Indian journal of veterinary science and animal husbandry - Volume 7,
Year: 1937
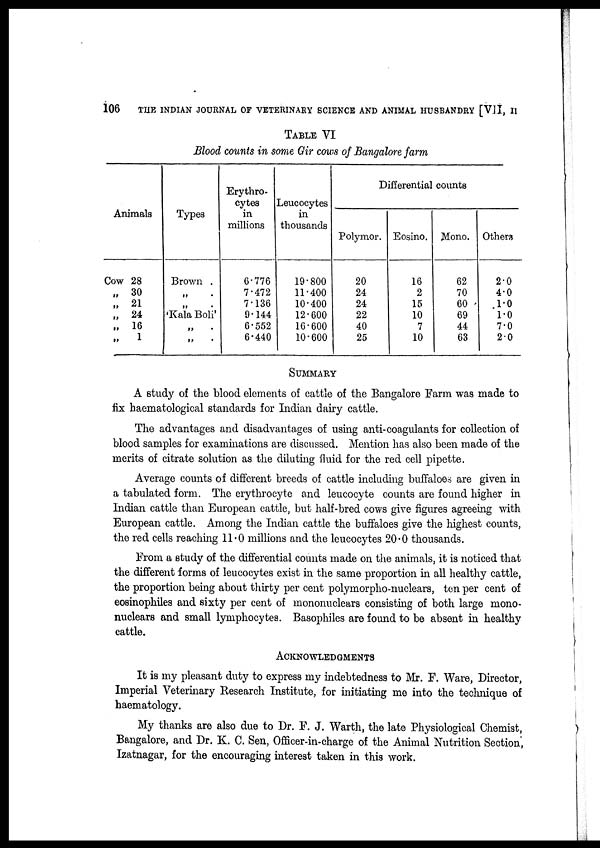
106
THE INDIAN JOURNAL OF VETERINARY SCIENCE AND ANIMAL HUSBANDRY [VII, II
TABLE VI
Blood counts in some Gir cows of Bangalore farm
Animals
Cow 28
„ 30
„ 21
„ 24
„ 16
„ 1
Types
Brown .
„ .
„ .
'Kala Boli'
„
.
„
.
Erythro-
cytes
in
millions
6.776
7.472
7.136
9.144
6.552
6.440
Leucocytes
in
thousands
19.800
11.400
10.400
12.600
16.600
10.600
Differential counts
Polymor.
20
24
24
22
40
25
Eosino.
16
2
15
10
7
10
Mono.
62
70
60
69
44
63
Others
2.0
4.0
1.0
1.0
7.0
2.0
SUMMARY
A study of the blood elements of cattle of the Bangalore Farm was made to
fix haematological standards for Indian dairy cattle.
The advantages and disadvantages of using anti-coagulants for collection of
blood samples for examinations are discussed. Mention has also been made of the
merits of citrate solution as the diluting fluid for the red cell pipette.
Average counts of different breeds of cattle including buffaloes are given in
a tabulated form. The erythrocyte and leucocyte counts are found higher in
Indian cattle than European cattle, but half-bred cows give figures agreeing with
European cattle. Among the Indian cattle the buffaloes give the highest counts,
the red cells reaching 11.0 millions and the leucocytes 20.0 thousands.
From a study of the differential counts made on the animals, it is noticed that
the different forms of leucocytes exist in the same proportion in all healthy cattle,
the proportion being about thirty per cent polymorpho-nuclears, ten per cent of
eosinophiles and sixty per cent of mononuclears consisting of both large mono-
nuclears and small lymphocytes. Basophiles are found to be absent in healthy
cattle.
ACKNOWLEDGMENTS
It is my pleasant duty to express my indebtedness to Mr. F. Ware, Director,
Imperial Veterinary Research Institute, for initiating me into the technique of
haematology.
My thanks are also due to Dr. F. J. Warth, the late Physiological Chemist,
Bangalore, and Dr. K. C. Sen, Officer-in-charge of the Animal Nutrition Section,
Izatnagar, for the encouraging interest taken in this work.